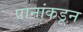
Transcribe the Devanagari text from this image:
पानांकडून